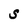
Character: S